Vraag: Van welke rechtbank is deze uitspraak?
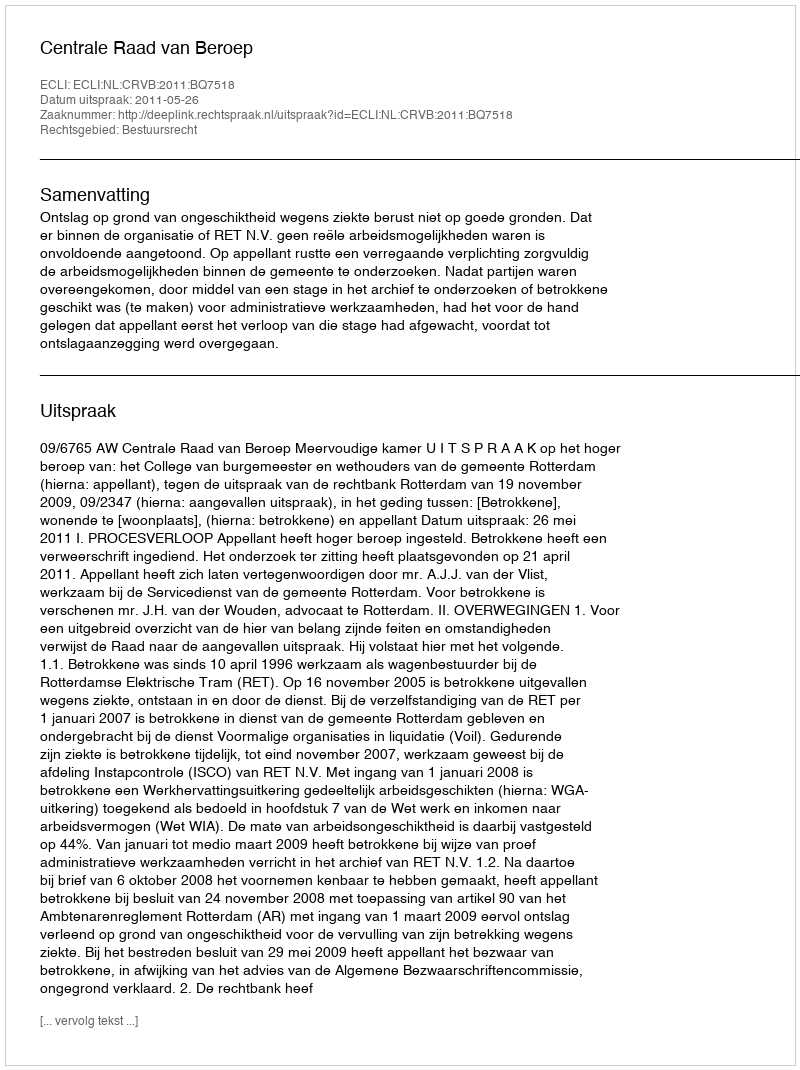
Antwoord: Centrale Raad van Beroep